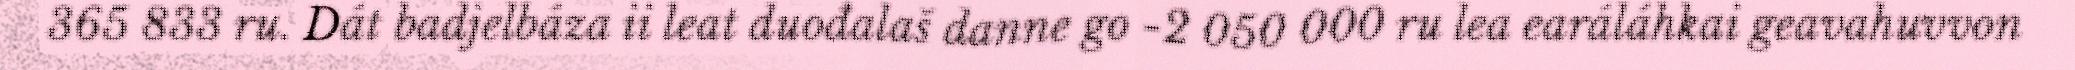
365 833 ru. Dát badjelbáza ii leat duođalaš danne go -2 050 000 ru lea earáláhkai geavahuvvon